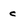
Character: c